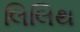
લિલિથ